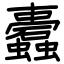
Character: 蠹